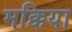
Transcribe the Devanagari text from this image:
मक्किया